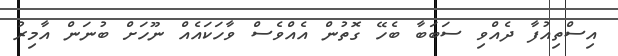
އިސްތިއުފާ ދެއްވި ސަބަބާ ބެހޭ ގޮތުން އެއްވެސް ވާހަކައެއް ނޫހަށް ބުނަން އާމިރު